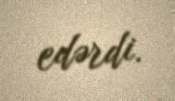
edərdi.